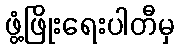
ဖွံ့ဖြိုးရေးပါတီမှ